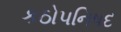
કઠોપનિષદ